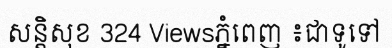
សន្តិសុខ 324 Viewsភ្នំពេញ ៖ជាទូទៅ